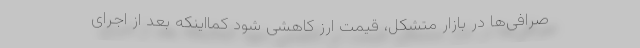
صرافی‌ها در بازار متشکل، قیمت ارز کاهشی شود کمااینکه بعد از اجرای